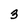
Character: 3